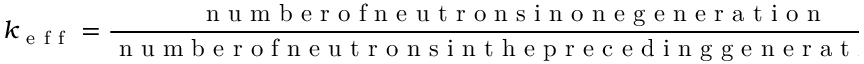
k _ { \mathrm { ~ e ~ f ~ f ~ } } = \frac { \mathrm { ~ n ~ u ~ m ~ b ~ e ~ r ~ o ~ f ~ n ~ e ~ u ~ t ~ r ~ o ~ n ~ s ~ i ~ n ~ o ~ n ~ e ~ g ~ e ~ n ~ e ~ r ~ a ~ t ~ i ~ o ~ n ~ } } { \mathrm { ~ n ~ u ~ m ~ b ~ e ~ r ~ o ~ f ~ n ~ e ~ u ~ t ~ r ~ o ~ n ~ s ~ i ~ n ~ t ~ h ~ e ~ p ~ r ~ e ~ c ~ e ~ d ~ i ~ n ~ g ~ g ~ e ~ n ~ e ~ r ~ a ~ t ~ i ~ o ~ n ~ } } \ .